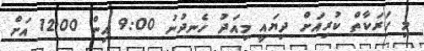
މި ހަރަކާތް ކުރިއަށް ދިޔައީ މިއަދު ހެނދުނު 9:00 އިން 12:00 އަށް